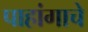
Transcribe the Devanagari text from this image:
पाहांगाचे